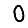
Digit: 0